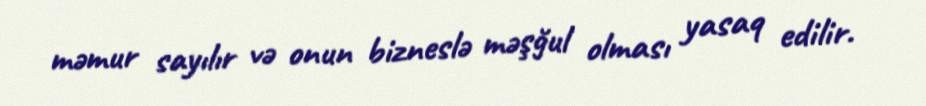
məmur sayılır və onun bizneslə məşğul olması yasaq edilir.